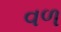
વળ